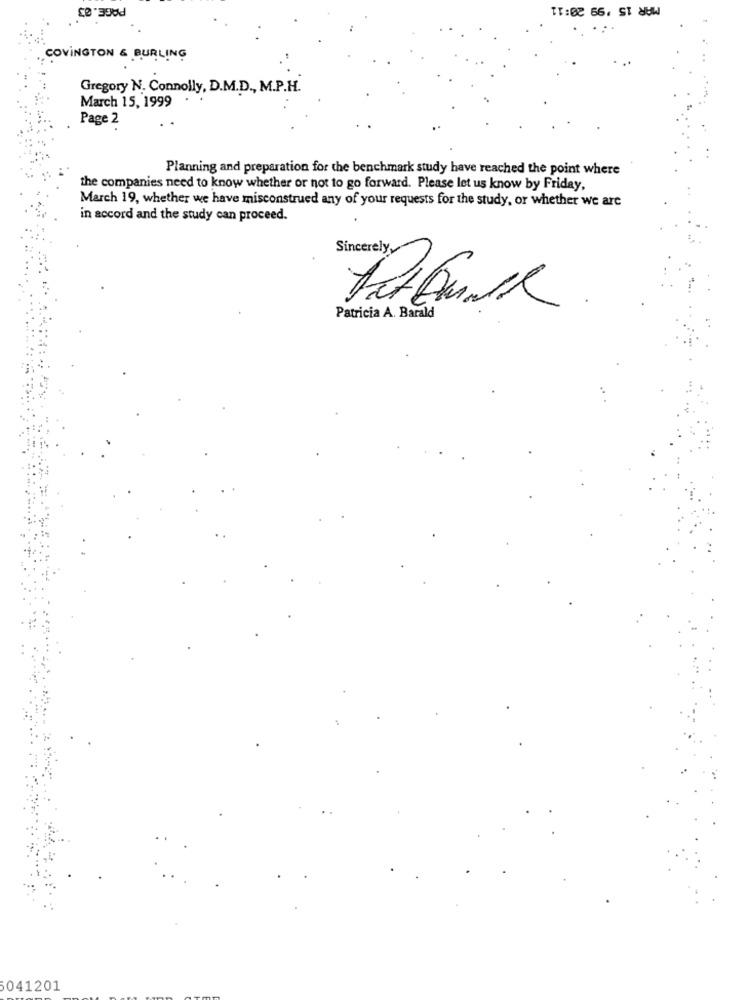
MAR 15 '99 20:11
COVINGTON & BURLING
Gregory N. Connolly, D.M.D ., M.P.H.
March 15, 1999
Page 2
Planning and preparation for the benchmark study have reached the point where
the companies need to know whether or not to go forward. Please let us know by Friday,
March 19, whether we have misconstrued any of your requests for the study, or whether we are
in accord and the study can proceed.
Sincerely
Patricia A. Barald
5041201